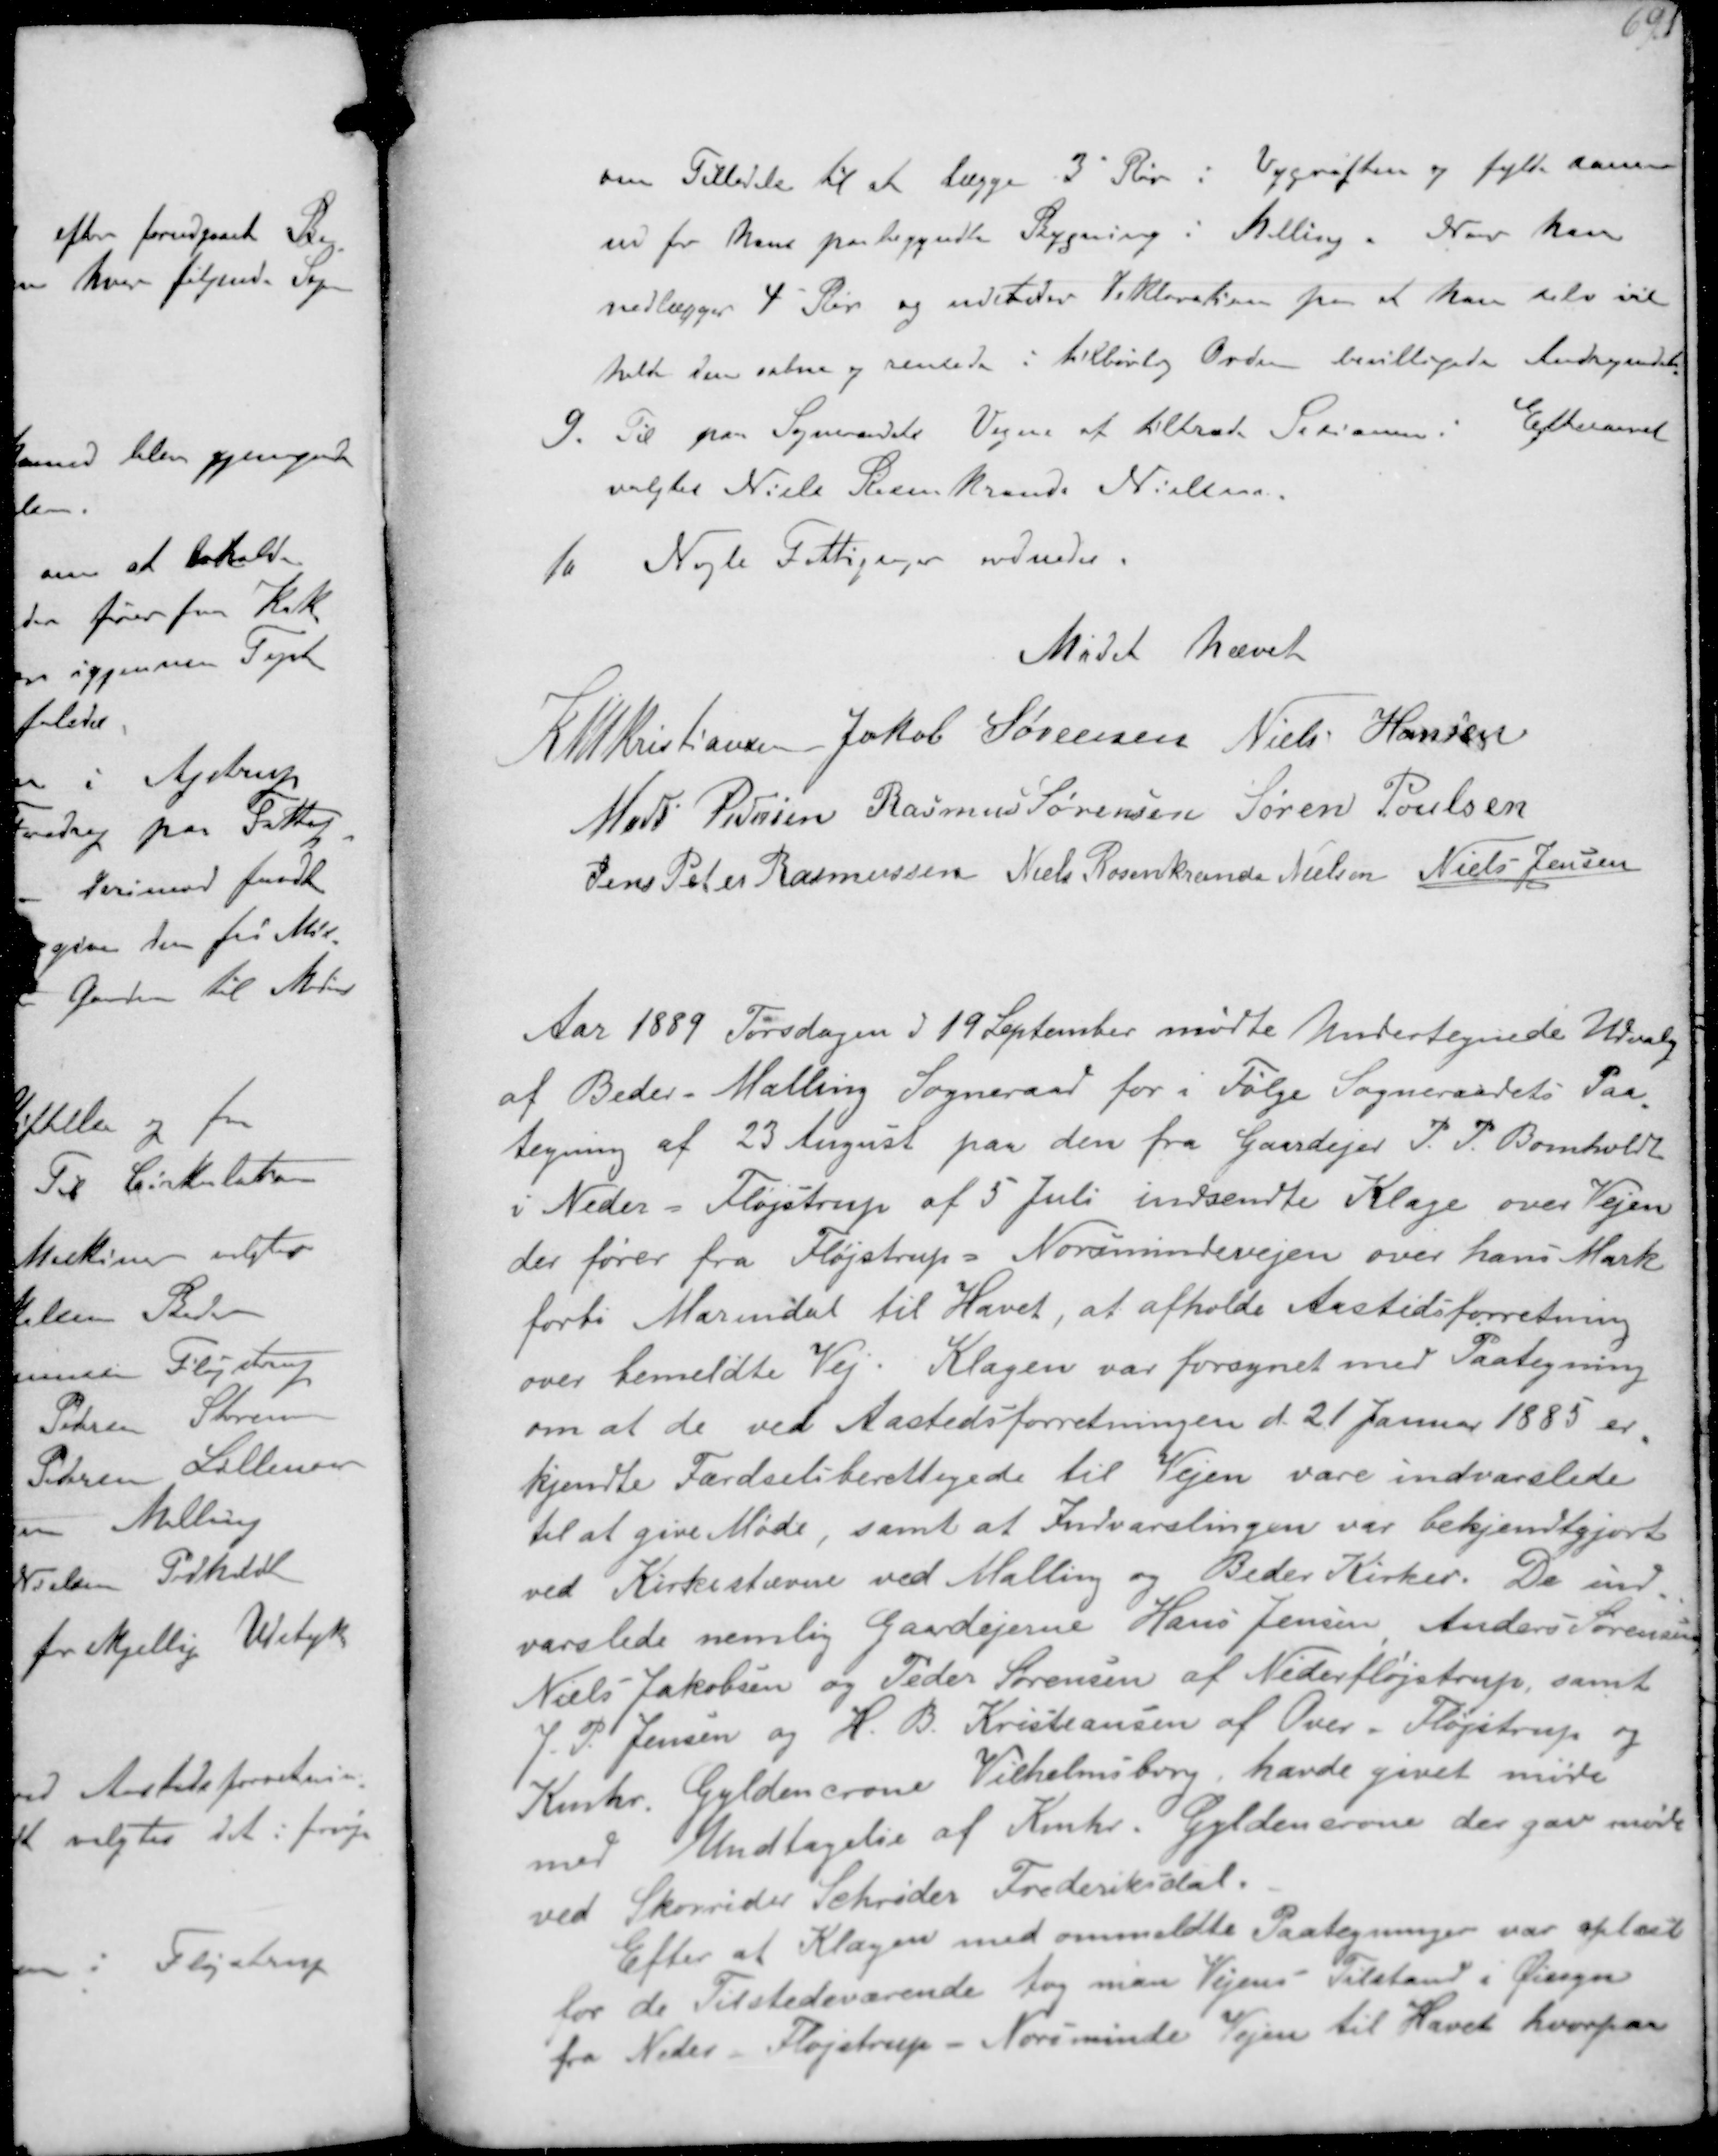
Transskription:
om Tilladelse til at lægge 3" Rør i Vejgrøften og fylde samme
ud før han paabegyndte Bygning i Malling. Naar han
nedlægger 4" Rør og udsteder Deklaration paa at han selv vil
hold dem aabne og rensede i tilbørlig Orden bevilligedes Andragendet
9. Til paa Sogneraadets Vegne at tiltræde Sesionen i Efteraaret
valgtes Niels Rosenkrands Nielsen
10 Nogle Fattigsager ordnedes

Mødet hævet

K N M Kristiansen Jakob Sørensen Niels Hansen
Mads Pedersen Rasmus Sørensen Søren Poulsen
Jens Peter Rasmussen Niels Rosenkrands Nielsen Niels Jensen

Aar 1889 Torsdagen d 19 September mødte Undertegnede Udvalg
af Beder-Malling Sogneraad for i Følge Sogneraadets Paa-
tegning af 23 August paa den fra Gaardejer P. P. Bomholdt
i Neder-Møjstrup af 5 Juli indsendte Klage over Vejen
der fører fra Fløjstrup - Normindevejen over hans Mark
forbi Mariendal til Havet, at afholde Aastedsforretning
over bemeldte Vej. Sagen var forsynet med Paategning
om at de ved Aastedsforretningen d. 21 Januar 1885 er-
kjendte Færdselsberettigede til Vejen vare indvarslede
til at give Møde, samt at Indvarslingen var bekjendtgjort
ved Kirkestævne ved Malling og Beder Kirker. De ind-
varslede nemlig Gaardejerne Hans Jensen Anders Sørensen
Niels Jakobsen og Peder Sørensen af Nederløjstrup, samt
J. P Jensen og H. B. Kristiansen af Over Fløjstrup og
Kmhr Gyldencrone Vilhelmsborg, havde givet møde
med Undtagelse af Kmhr. Gyldencrone, der gav møde
ved Skovrider Schrøder Frederiksdal.
Efter at Klagen med ommeldte Paategninger var oplæst
for de tilstedeværende tog man Vejens Tilstand i Øjesyn
fra Neder Fløjstrup Norsminde Vejen til Havet hvorpaa